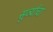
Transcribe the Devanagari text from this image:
सुर्व्यांचा